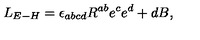
L _ { E - H } = \epsilon _ { a b c d } R ^ { a b } e ^ { c } e ^ { d } + d B ,